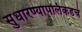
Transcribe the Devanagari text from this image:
सुधारण्यापलिकडचे